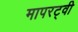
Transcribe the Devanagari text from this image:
मापरट्वी